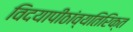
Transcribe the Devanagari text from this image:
विदयापीठांव्यतिरिक्त